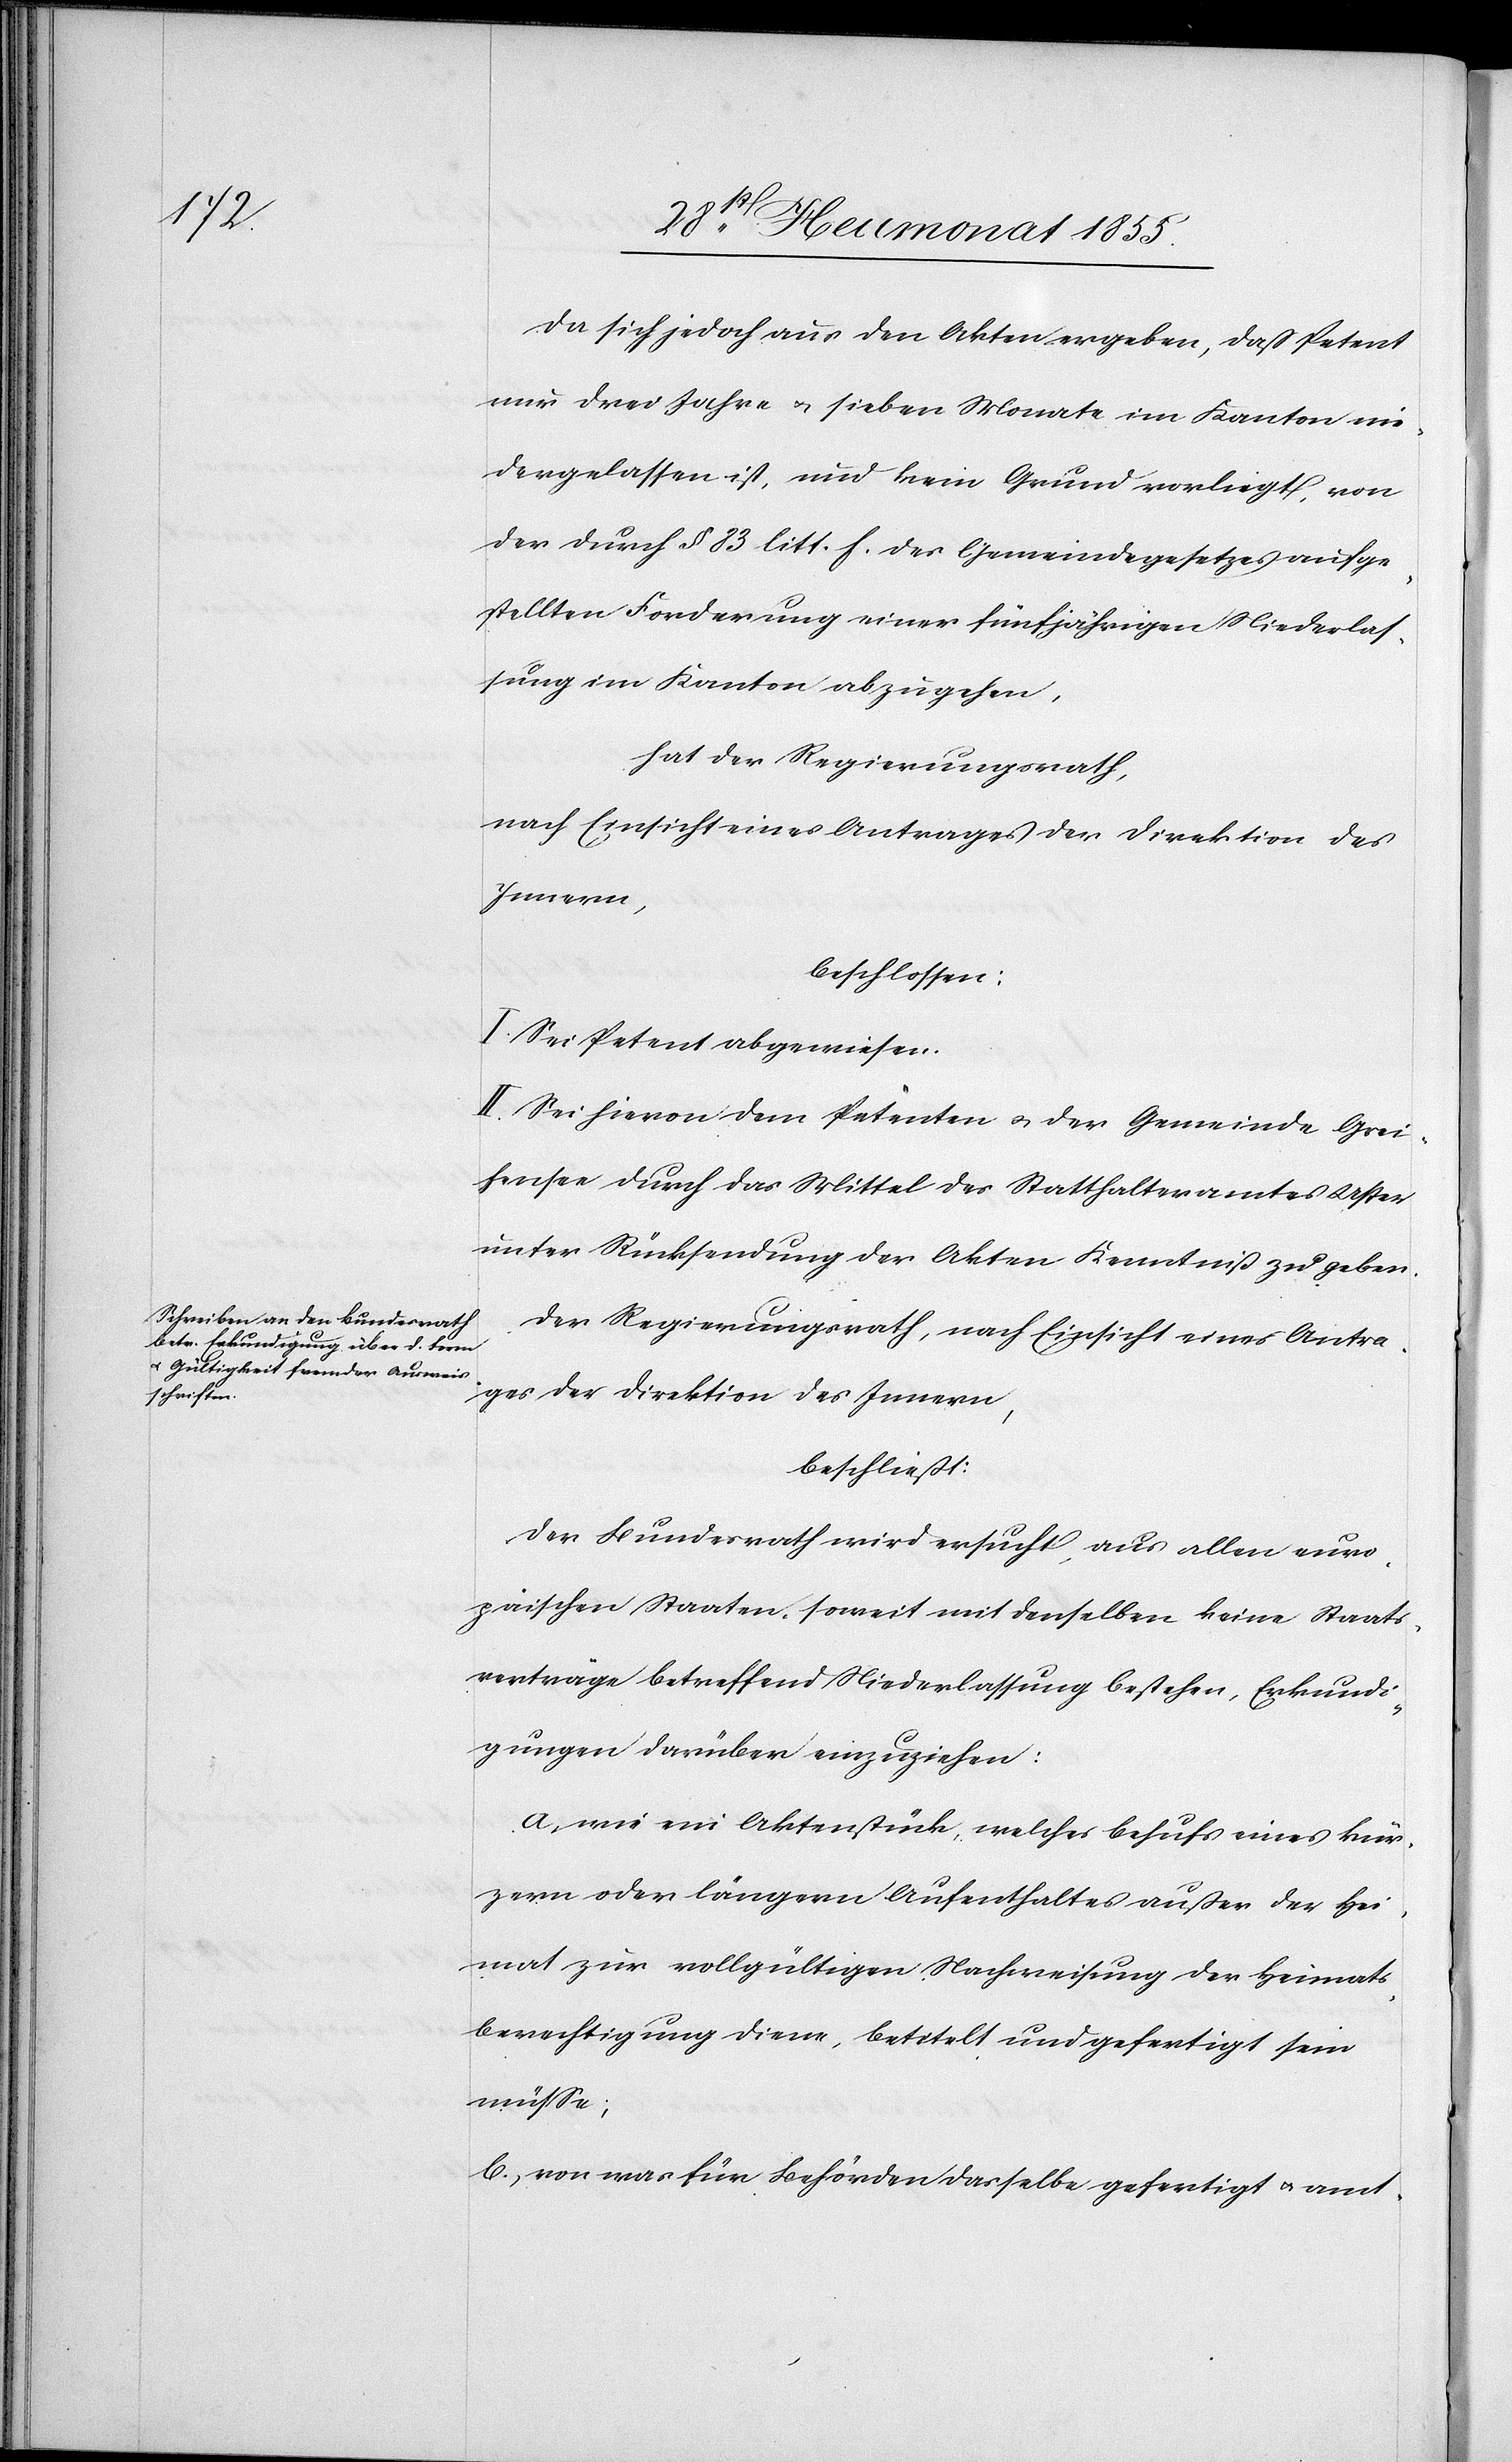
Da sich jedoch aus den Akten ergeben, daß Petent
nur drei Jahre & sieben Monate im Kanton nie¬
dergelassen ist, und kein Grund vorliegt, von
der durch § 83 litt. h. des Gemeindegesetzes aufge¬
stellten Forderung einer fünfjährigen Niederlas¬
sung im Kanton abzugehen,
hat der Regierungsrath,
nach Einsicht eines Antrages der Direktion des
Innern,
beschlossen:
I. Sei Petent abgewiesen.
II. Sei hievon dem Petenten & der Gemeinde Grei¬
fensee durch das Mittel des Statthalteramtes Uster
unter Rücksendung der Akten Kenntniß zu geben.
Der Regierungsrath, nach Einsicht eines Antra¬
ges der Direktion des Innern,
beschließt:
Der Bundesrath wird ersucht, aus allen euro¬
päischen Staaten, soweit mit denselben keine Staats¬
verträge betreffend Niederlassung bestehen, Erkundi¬
gungen darüber einzuziehen:
wie ein Aktenstück, welches behufs eines kür¬
zern oder längern Aufenthaltes außer der Hei¬
mat zur vollgültigen Nachweisung der Heimats¬
berechtigung diene, betitelt und gefertigt sein
müsse;
von was für Behörden dasselbe gefertigt & amt-